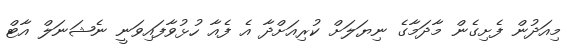
މިއަދުން ފެށިގެން މާދަމާގެ ނިޔަލަށް ކުރިއަށްދާ އެ ފެއާ ހުޅުވާފައިވަނީ ނެޝަނަލް އާޓް